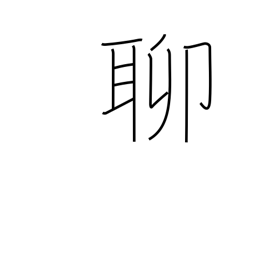
Meaning: slightly